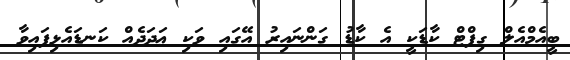
ބީއެމްއެލް ގިފްޓް ކާޑަކީ އެ ކާޑު ގަންނައިރު އޭގައި ވަކި ޢަދަދެއް ކަނޑައެޅިފައިވާ